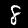
Label: 8